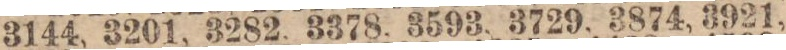
3144, 3201, 3282, 3378, 3593, 3729, 3874, 3921,